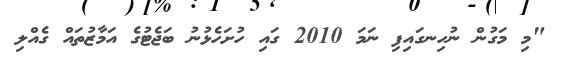
"މި މަގުން ނުހިނގައިފި ނަމަ 2010 ގައި ހުށަހެޅުނު ބަޖެޓުގެ އަމާޒުތައް ގެއްލި